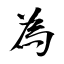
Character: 為